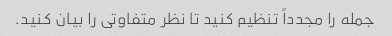
جمله را مجدداً تنظیم کنید تا نظر متفاوتی را بیان کنید.